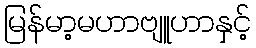
မြန်မာ့မဟာဗျူဟာနှင့်